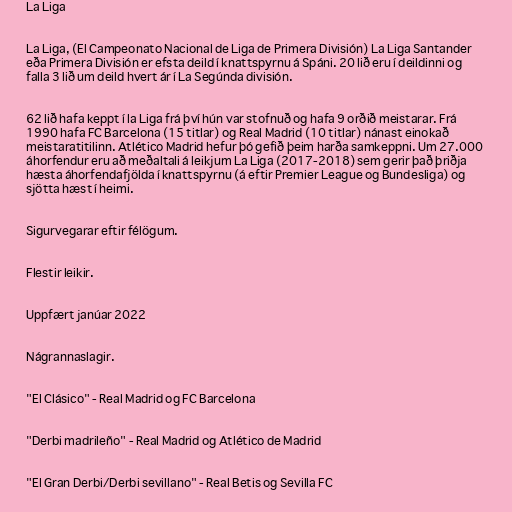
La Liga

La Liga, (El Campeonato Nacional de Liga de Primera División) La Liga Santander
eða Primera División er efsta deild í knattspyrnu á Spáni. 20 lið eru í deildinni og
falla 3 lið um deild hvert ár í La Segúnda división.

62 lið hafa keppt í la Liga frá því hún var stofnuð og hafa 9 orðið meistarar. Frá
1990 hafa FC Barcelona (15 titlar) og Real Madrid (10 titlar) nánast einokað
meistaratitilinn. Atlético Madrid hefur þó gefið þeim harða samkeppni. Um 27.000
áhorfendur eru að meðaltali á leikjum La Liga (2017-2018) sem gerir það þriðja
hæsta áhorfendafjölda í knattspyrnu (á eftir Premier League og Bundesliga) og
sjötta hæst í heimi.

Sigurvegarar eftir félögum.

Flestir leikir.

Uppfært janúar 2022

Nágrannaslagir.

"El Clásico" - Real Madrid og FC Barcelona

"Derbi madrileño" - Real Madrid og Atlético de Madrid

"El Gran Derbi/Derbi sevillano" - Real Betis og Sevilla FC